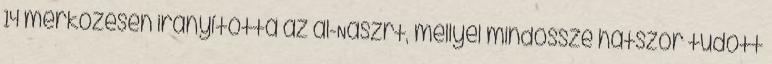
14 mérkőzésen irányította az al-Naszrt, mellyel mindössze hatszor tudott